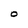
Character: O